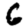
Digit: 6